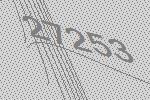
27253